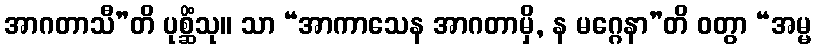
အာဂတာသီ”တိ ပုစ္ဆိံသု။ သာ “အာကာသေန အာဂတာမှိ, န မဂ္ဂေနာ”တိ ဝတွာ “အမ္မ